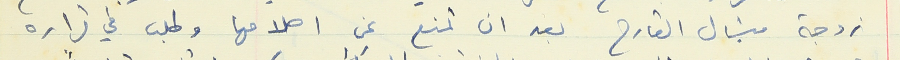
زوجة ميشال القارح بعد ان تمنع عن اصلاحها وطلب في قراره